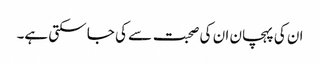
ان کی پہچان ان کی صحبت سے کی جا سکتی ہے۔